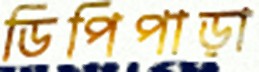
ডিপিপাড়া